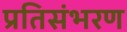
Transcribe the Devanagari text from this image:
प्रतिसंभरण